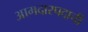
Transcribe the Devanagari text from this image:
आमदारपदाची